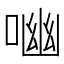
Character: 㗀